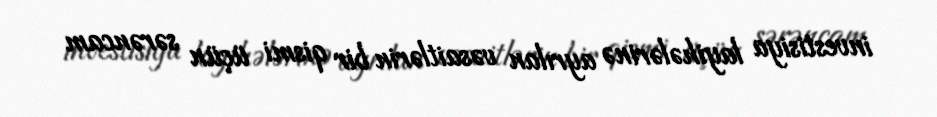
investisiya layihələrinə ayrılan vəsaitlərin bir qismi üçün sərəncam